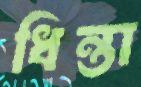
ধিন্তা